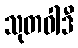
သုတဝါဒီ